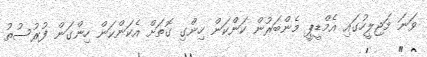
ވަނަ މަޖިލީހުގައި އެމްޑީޕީ މެންބަރުން ކަންކަން ހިންގި ގޮތަށް އެކަންކަން ހިންގަން ފުރުސުތު